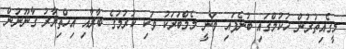
މީގެއިތުރުން ހުކުމްގައި ބުނެފައި ވަނީ މެމްބަރަކު ވަކި ކުރުމުގެ ބާރާއި އިހްތިޔާރު ގާނޫނުން